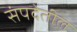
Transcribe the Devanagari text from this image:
संपदेतील